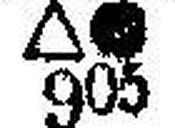
∆● 905